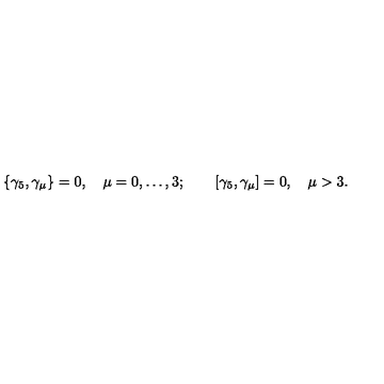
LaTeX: \{ \gamma _ { 5 } , \gamma _ { \mu } \} = 0 , \quad \mu = 0 , \ldots , 3 ; \qquad [ \gamma _ { 5 } , \gamma _ { \mu } ] = 0 , \quad \mu > 3 .